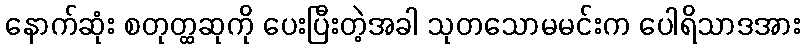
နောက်ဆုံး စတုတ္ထဆုကို ပေးပြီးတဲ့အခါ သုတသောမမင်းက ပေါရိသာဒအား